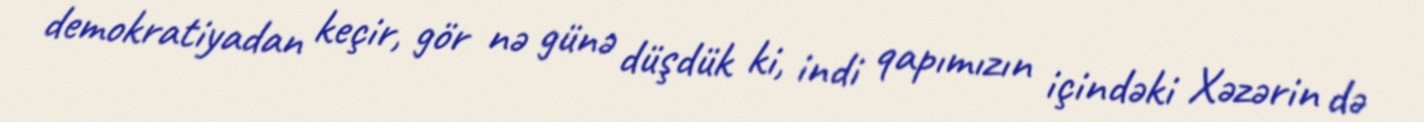
demokratiyadan keçir, gör nə günə düşdük ki, indi qapımızın içindəki Xəzərin də